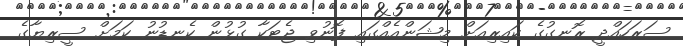
ސަރަހައްދީ ރޮނގުގެ ކައިރިއަށް މިޝަންއެއްގައި ފޮނުވި ޖެޓަކާ ގުޅުން ކެނޑުނު ކަމަށް ސީރިޔާގެ